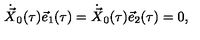
\dot { \vec { X } } _ { 0 } ( \tau ) \vec { e } _ { 1 } ( \tau ) = \dot { \vec { X } } _ { 0 } ( \tau ) \vec { e } _ { 2 } ( \tau ) = 0 ,